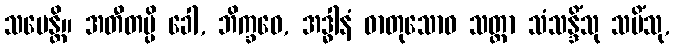
သမေန္တိ။ အတီတမ္ပိ ခေါ, ဘိက္ခဝေ, အဒ္ဓါနံ ဓာတုသောဝ သတ္တာ သံသန္ဒိံသု သမိံသု,